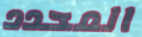
المحدد